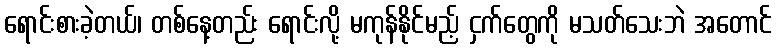
ရောင်းစားခဲ့တယ်၊ တစ်နေ့တည်း ရောင်းလို့ မကုန်နိုင်မည့် ငှက်တွေကို မသတ်သေးဘဲ အတောင်